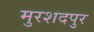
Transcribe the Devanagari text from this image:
मुरशदपुर